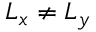
L _ { x } \neq L _ { y }